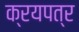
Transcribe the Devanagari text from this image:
क्रयपत्र